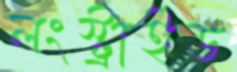
লংস্ট্রাইড